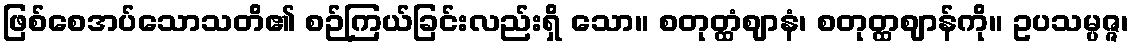
ဖြစ်စေအပ်သောသတိ၏ စဉ်ကြယ်ခြင်းလည်းရှိ သော။ စတုတ္ထံဈာနံ၊ စတုတ္ထဈာန်ကို။ ဥပသမ္ပဇ္ဇ၊